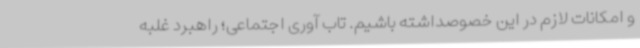
و امکانات لازم در این خصوصداشته باشیم. تاب آوری اجتماعی؛ راهبرد غلبه